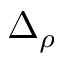
\Delta _ { \rho }